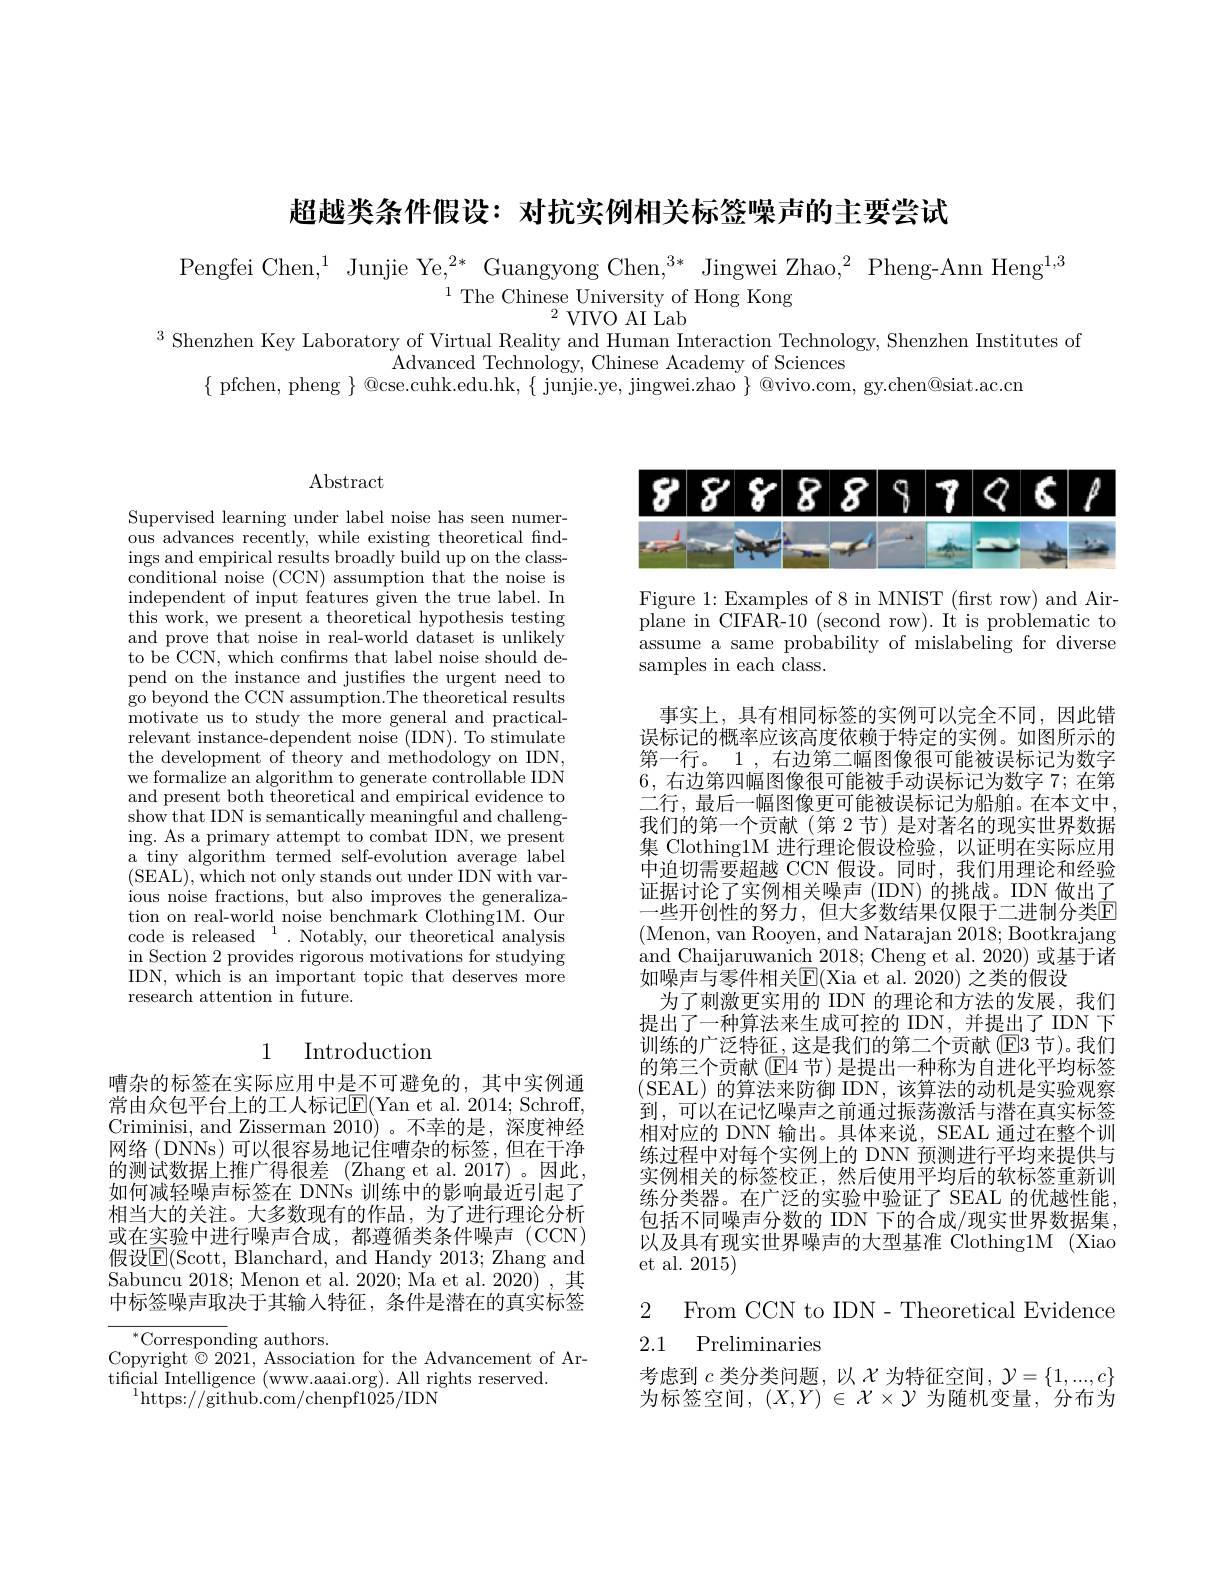
超越类条件假设：对抗实例相关标签噪声的主要尝试

Pengfei Chen,$^1$ Junjie Ye,$^2*$ Guangyong Chen,$^3*$ Jingwei Zhao,$^2$ Pheng-Ann Heng$^1,3$
$^{1}$The Chinese University of Hong Kong
$^{2}$VIVO AI Lab
$^{3}$ Shenzhen Key Laboratory of Virtual Reality and Human Interaction Technology, Shenzhen Institutes of

Advanced Technology, Chinese Academy of Sciences
$\{$ pfchen, pheng $\}$ @cse.cuhk.edu.hk, $\{$ junjie.ye, jingwei.zhao $\}$ @vivo.com, gy.chen@siat.ac.cn

$\operatorname{Abstract}$

Supervised learning under label noise has seen numer- $\hat{\text{ous advances recently, while existing theoretical find-}}$ ings and empirical results broadly build up on the classconditional noise (CCN) assumption that the noise is independent of input features given the true label. In this work, we present a theoretical hypothesis testing and prove that noise in real-world dataset is unlikely to be CCN, which confirms that label noise should depend on the instance and justifies the urgent need to go beyond the CCN assumption.The theoretical results motivate us to study the more general and practicalrelevant instance-dependent noise (IDN). To stimulate the development of theory and methodology on IDN, we formalize an algorithm to generate controllable IDN and present both theoretical and empirical evidence to show that IDN is semantically meaningful and challenging. As a primary attempt to combat IDN, we present a tiny algorithm termed self-evolution average label (SEAL),which not only stands out under IDN with various noise fractions, but also improves the generalization on real-world noise benchmark Clothing1M. Our code is released $^1.$ Notably, our theoretical analysis in Section 2 provides rigorous motivations for studying IDN, which is an important topic that deserves more research attention in future.

## 1 Introduction

嘈杂的标签在实际应用中是不可避免的，其中实例通常由众包平台上的工人标记E$( Yan et al. 2014; Schroff$, Criminisi, and Zisserman 2010)。不幸的是，深度神经网络 (DNNs) 可以很容易地记住嘈杂的标签，但在干净的测试数据上推广得很差(Zhang et al.2017)。因此， 如何减轻噪声标签在 DNNs 训练中的影响最近引起了相当大的关注。大多数现有的作品，为了进行理论分析或在实验中进行噪声合成，都遵循类条件噪声(CCN) 假设$\overline{\mathrm{E}}($Scott, Blanchard, and Handy 2013; Zhang and Sabuncu 2018; Menon et al. 2020; Ma et al. 2020),其中标签噪声取决于其输入特征，条件是潜在的真实标签

$^{*}$Corresponding authors.
Copyright $\odot2021$, Association for the Advancement of Ar-
tificial Intelligence ( www. aaai. org) . All rights reserved.
$^{1}$https:$//\bar{\text{github.com/chenpf}1025/\mathrm{IDN}}$

<FigureHere>

Figure 1: Examples of 8 in MNIST (frst row) and Airplane in CIFAR-10 (second row). It is problematic to assume a same probability of mislabeling for diverse samples in each class.

事实上，具有相同标签的实例可以完全不同，因此错误标记的概率应该高度依赖于特定的实例。如图所示的第一行。1 , 右边第二幅图像很可能被误标记为数字6, 右边第四幅图像很可能被手动误标记为数字 7; 在第二行，最后一幅图像更可能被误标记为船舶。在本文中， 我们的第一个贡献(第 2 节) 是对著名的现实世界数据集 Clothing1M 进行理论假设检验，以证明在实际应用中迫切需要超越 CCN 假设。同时，我们用理论和经验证据讨论了实例相关噪声(IDN)的挑战。IDN做出了-些开创性的努力，但大多数结果仅限于二进制分类E (Menon, van Rooyen, and Natarajan 2018; Bootkrajang and Chaijaruwanich 2018; Cheng et al. 2020) 或基于诸如噪声与零件相关$\overline{\mathrm{E}}($Xia et al. 2020) 之类的假设
为了刺激更实用的 IDN 的理论和方法的发展，我们提出了一种算法来生成可控的 IDN,并提出了 IDN 下训练的广泛特征，这是我们的第二个贡献(E3 节)。我们的第三个贡献(E4 节)是提出一种称为自进化平均标签(SEAL)的算法来防御 IDN,该算法的动机是实验观察到，可以在记忆噪声之前通过振荡激活与潜在真实标签相对应的 DNN 输出。具体来说，SEAL 通过在整个训练过程中对每个实例上的 DNN 预测进行平均来提供与实例相关的标签校正，然后使用平均后的软标签重新训练分类器。在广泛的实验中验证了 SEAL 的优越性能， 包括不同噪声分数的 IDN 下的合成/现实世界数据集， 以及具有现实世界噪声的大型基准 Clothing1M (Xiao et al. 2015)

2 From CCN to IDN- Theoretical Evidence
### 2.1 Preliminaries

考虑到$c$类分类问题，以$\mathcal{X}$为特征空间$,\mathcal{Y}=\{1,...,c\}$ 为标签空间，$(X,Y)\in\mathcal{X}\times\mathcal{Y}$为随机变量，分布为